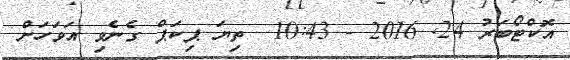
އޮކްޓޯބަރު 24